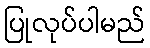
ပြုလုပ်ပါမည်